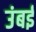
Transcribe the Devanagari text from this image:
उंबई